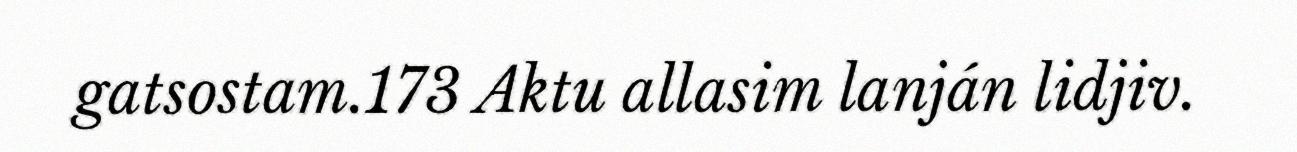
gatsostam.173 Aktu allasim lanján lidjiv.